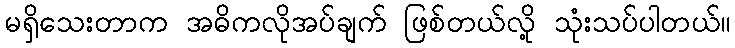
မရှိသေးတာက အဓိကလိုအပ်ချက် ဖြစ်တယ်လို့ သုံးသပ်ပါတယ်။